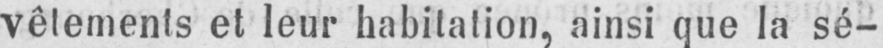
vêtements et leur habitation, ainsi que la sé-